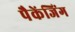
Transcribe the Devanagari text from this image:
पैकेंजिंग